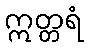
ဣတ္တရံ